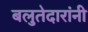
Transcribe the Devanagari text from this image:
बलुतेदारांनी